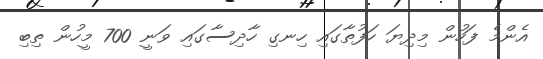
އެންމެ ފަހުން މިދިޔަ ހަފުތާގައި ހިނގި ހާދިސާގައި ވަނީ 700 މީހުން ތިބި